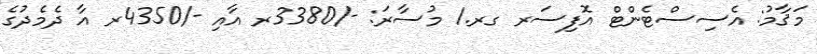
މަޤާމު: އެސިސްޓެންޓް އޮފިސަރ ގރ.1 މުސާރަ: -/3380ރ އާއި -/4350ރ އާ ދެމެދުގެ